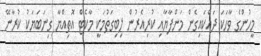
މީހުންގެ ވާހަކަ ދައްކައިގެން މަންފާޔާއި ކުރިއެރުން ލިބިގަތުމަކީ މާކެޓް އޮތިއްޔާ ގިނަބަޔަކު ކުރާނޭ